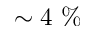
\sim 4 ~ \%